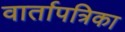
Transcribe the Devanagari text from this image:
वार्तापत्रिका